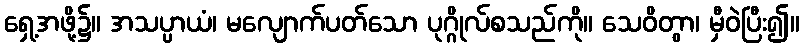
ရှေ့အဖို့၌။ အသပ္ပာယံ၊ မလျောက်ပတ်သော ပုဂ္ဂိုလ်စသည်ကို။ သေဝိတွာ၊ မှီဝဲပြီး၍။